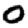
Digit: 0